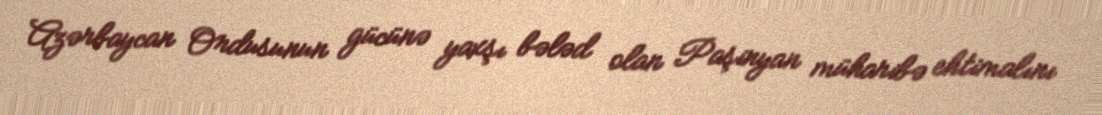
Azərbaycan Ordusunun gücünə yaxşı bələd olan Paşinyan müharibə ehtimalını